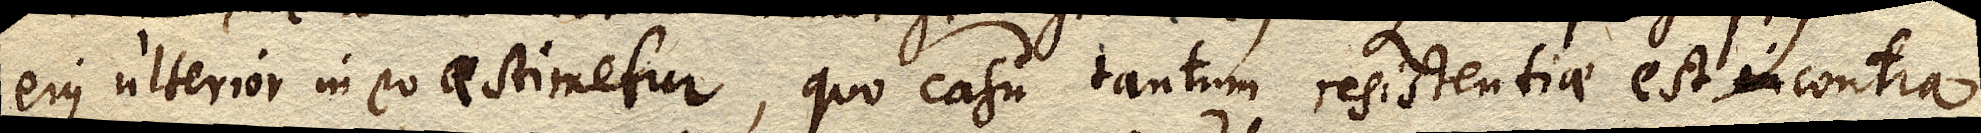
ejus ulterior in eo aestimetur, quo casu tantum resistentiae est in contra